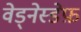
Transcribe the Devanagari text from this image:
वेड्नेस्डेफ़